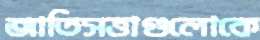
জাতিসত্তাগুলোকে